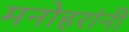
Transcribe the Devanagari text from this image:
मनोहरांनी